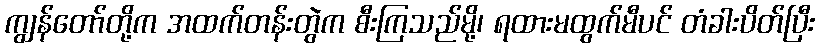
ကျွန်တော်တို့က အထက်တန်းတွဲက စီးကြသည်မို့၊ ရထားမထွက်မီပင် တံခါးပိတ်ပြီး